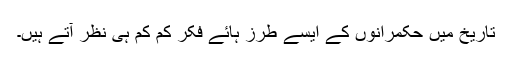
تاریخ میں حکمرانوں کے ایسے طرز ہائے فکر کم کم ہی نظر آتے ہیں۔